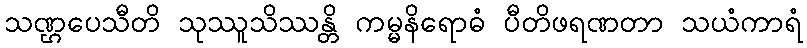
သဏ္ဌပေသီတိ သုဿူသိဿန္တိ ကမ္မနိရောဓံ ပီတိဖရဏတာ သယံကာရံ